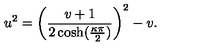
u ^ { 2 } = \left( \frac { v + 1 } { 2 \cosh ( \frac { \kappa \pi } { 2 } ) } \right) ^ { 2 } - v .